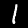
Label: 1